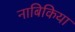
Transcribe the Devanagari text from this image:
नाबिकिया